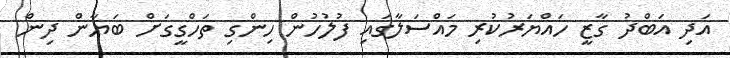
އަދި އަބްދު ގާޒީ ހައްޔަރުކުރި މައްސަލާގައި ފުލުހުން ހިންގި ތަހްގީގަށް ބަޔާން ދިން